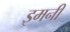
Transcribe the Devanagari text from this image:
इमनी